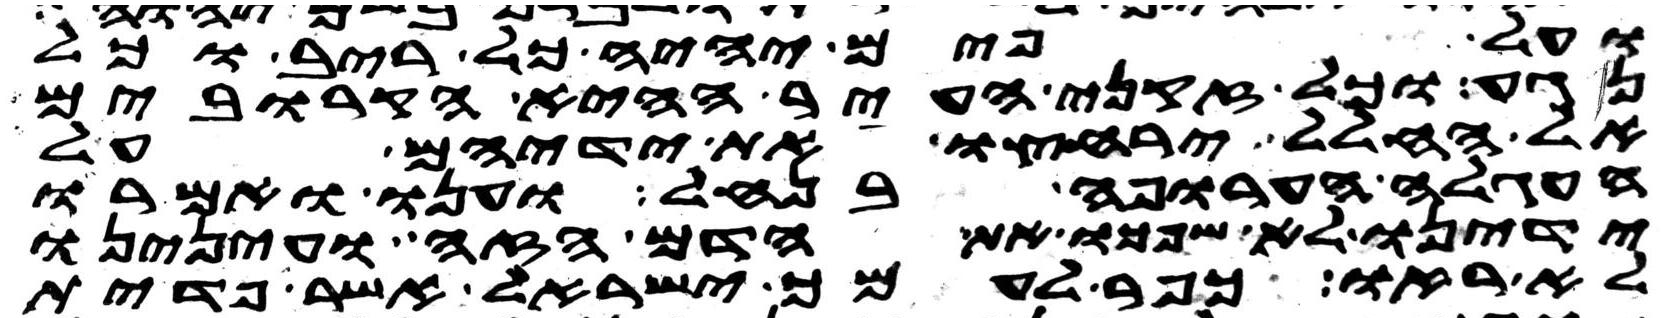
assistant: ועל פים יהיה כל ריב וכל
נגע וכל זקני העיר הקרובים
אל החלל ירחצו את ידיהם על
העגלה הערופה בנחל וענו ואמרו
ידינו לא שפכו את הדם הזה ועינינו
לא ראו כפר לעמך ישראל אשר פדית